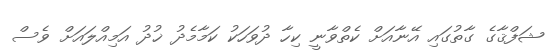
ޝަފްޤާގެ ގާތުގައި އޭނާއަށް ކެތްވާނީ ކިހާ ދުވަހަކު ކަމާމެދު ޚުދު އަމިއްލައަށް ވެސް